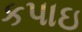
કપાઇ